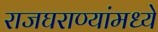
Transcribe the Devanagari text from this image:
राजघराण्यांमध्ये